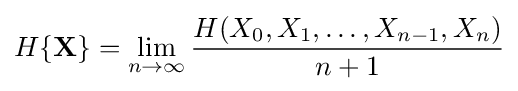
H\{\mathbf {X} \}=\lim _{n\to \infty }{\frac {H(X_{0},X_{1},\dots ,X_{n-1},X_{n})}{n+1}}